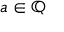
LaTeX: a \in \mathbb { Q }